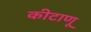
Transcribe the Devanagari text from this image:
कीटाणू